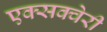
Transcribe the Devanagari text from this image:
एक्सक्वेरी